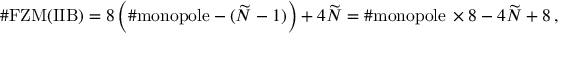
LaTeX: \# \mathrm { F Z M ( I I B ) } = 8 \left( \# \mathrm { m o n o p o l e } - ( \widetilde { N } - 1 ) \right) + 4 \widetilde { N } = \# \mathrm { m o n o p o l e } \, \times 8 - 4 \widetilde { N } + 8 \, ,